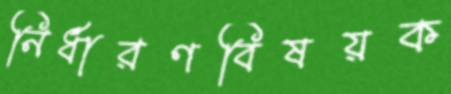
নির্ধারণবিষয়ক